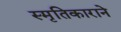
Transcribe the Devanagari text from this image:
स्मृतिकाराने